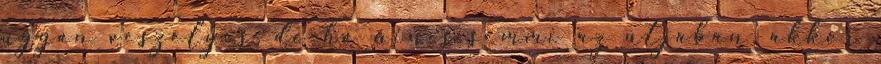
ugyan veszélyes, de ha nincs semmi az útjában, akkor